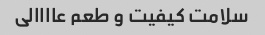
سلامت کیفیت و طعم عاااالی